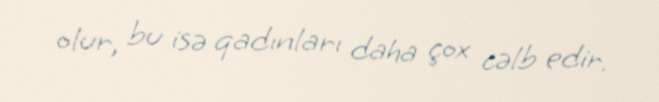
olur, bu isə qadınları daha çox cəlb edir.